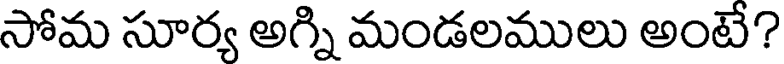
సోమ సూర్య అగ్ని మండలములు అంటే?